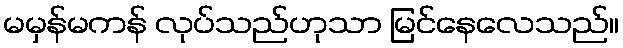
မမှန်မကန် လုပ်သည်ဟုသာ မြင်နေလေသည်။